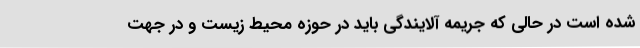
شده است در حالی که جریمه آلایندگی باید در حوزه محیط زیست و در جهت